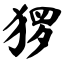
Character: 猡